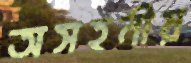
অসহনীয়